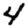
Digit: 4